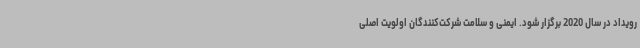
رویداد در سال 2020 برگزار شود. ایمنی و سلامت شرکت‌کنندگان اولویت اصلی